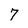
Character: 7